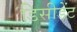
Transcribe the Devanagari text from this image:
डिसीडेंट